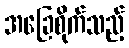
အခြေစိုက်သည့်